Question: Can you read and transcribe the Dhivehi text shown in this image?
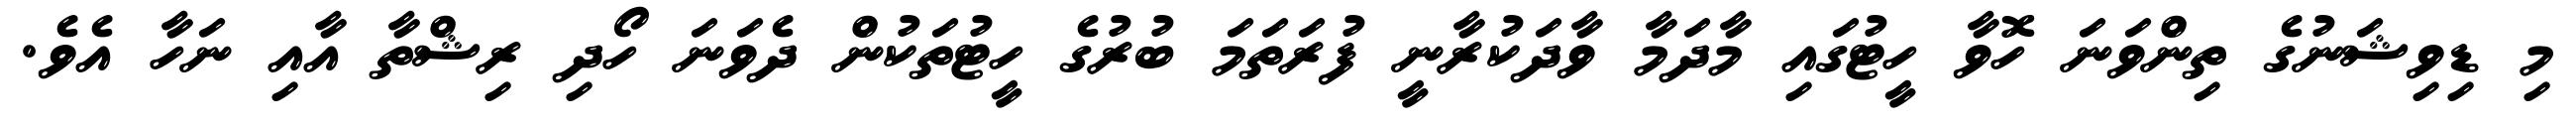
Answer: މި ޑިވިޝަނުގެ ތިންވަނަ ހޮވާ ހީޓުގައި މާދަމާ ވާދަކުރާނީ ފުރަތަމަ ބުރުގެ ހީޓުތަކުން ދެވަނަ ހޯދި ރިޝްތާ އާއި ނަހާ އެވެ.